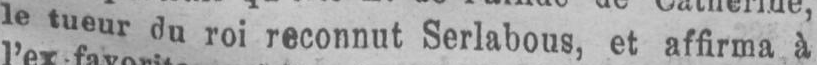
le tueurdu roi reconnut Serlabous, et affirma à